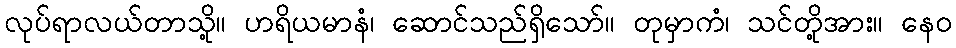
လုပ်ရာလယ်တာသို့။ ဟရိယမာနံ၊ ဆောင်သည်ရှိသော်။ တုမှာကံ၊ သင်တို့အား။ နေဝ